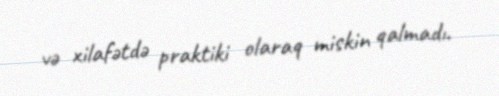
və xilafətdə praktiki olaraq miskin qalmadı.